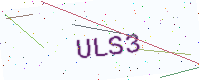
Text: ULS3